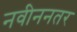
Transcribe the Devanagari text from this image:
नवीननतर